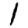
Digit: 1